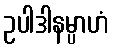
ဥပါဒါနမ္ပာဟံ